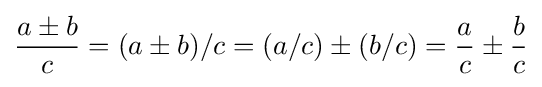
{\frac {a\pm b}{c}}=(a\pm b)/c=(a/c)\pm (b/c)={\frac {a}{c}}\pm {\frac {b}{c}}